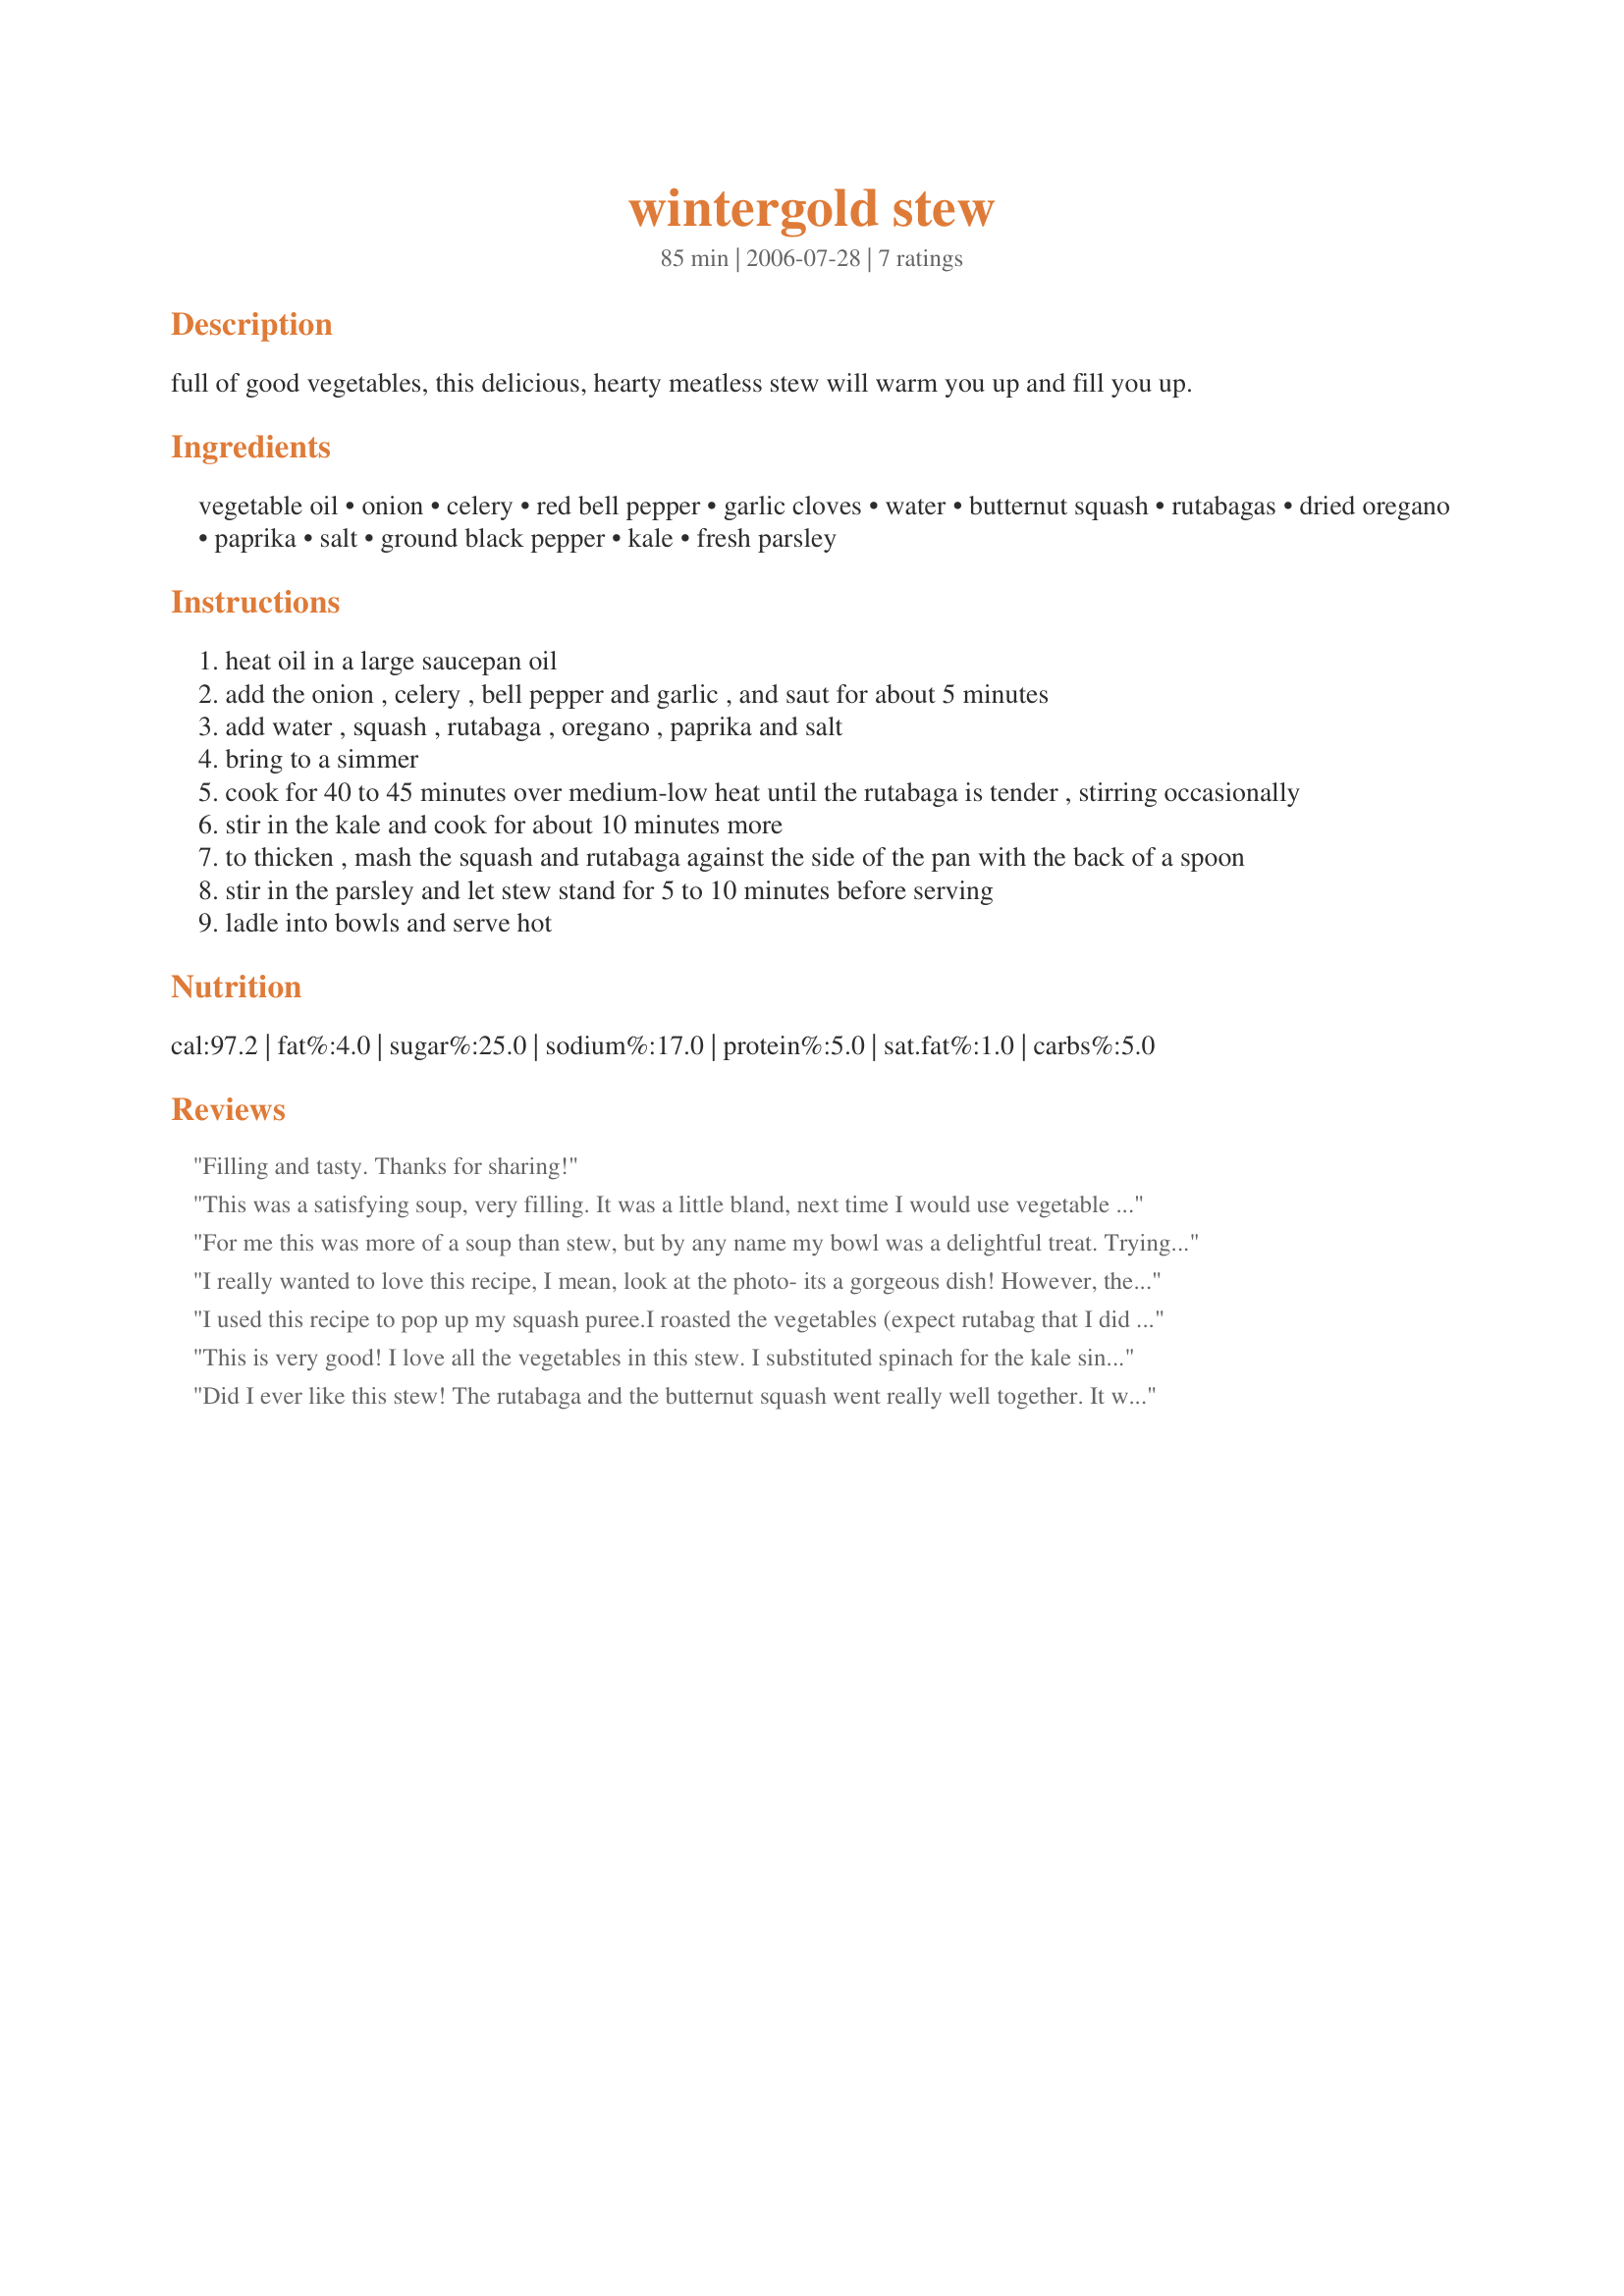
wintergold stew
Preparation time: 85 minutes

full of good vegetables, this delicious, hearty meatless stew will warm you up and fill you up.

Ingredients:
vegetable oil, onion, celery, red bell pepper, garlic cloves, water, butternut squash, rutabagas, dried oregano, paprika, salt, ground black pepper, kale, fresh parsley

Steps:
heat oil in a large saucepan oil
add the onion , celery , bell pepper and garlic , and saut for about 5 minutes
add water , squash , rutabaga , oregano , paprika and salt
bring to a simmer
cook for 40 to 45 minutes over medium-low heat until the rutabaga is tender , stirring occasionally
stir in the kale and cook for about 10 minutes more
to thicken , mash the squash and rutabaga against the side of the pan with the back of a spoon
stir in the parsley and let stew stand for 5 to 10 minutes before serving
ladle into bowls and serve hot

Reviews:
Filling and tasty. Thanks for sharing!
This was a satisfying soup, very filling. It was a little bland, next time I would use vegetable or chicken broth instead of water. It's a bonus that it's so beautiful to look at.
For me this was more of a soup than stew, but by any name my bowl was a delightful treat. Trying hard to get more vegetables into my diet, this was a perfect light supper accompanied by some pita chips and a slice or two of soy cheese. The paprika plays an important role in the flavor of the broth so use a really good one - in my case it was a combination of Moroccan sweet paprika and Hungarian smoked paprika. If yours is old, add more or maybe drop some vegetable soup base in to give the dish some richness. I also added about 2 teaspoons of tomato paste for a little extra body. My othe change was that I don't care for kale much (too bitter) so I added fresh spinach in at the same time as the parsley, eliminating step 3. My half batch was the perfect amount for two entree sized servings but there was certainly enough for three as a starter or more substantial sides. Made for *Photo Tag*.
I really wanted to love this recipe, I mean, look at the photo- its a gorgeous dish! However, there was an overall sweet flavor to the stew that needed something to balance it out. I used a Walla Walla Sweet onion, which probably didn't help out the already sweet squash, rutabaga, and peppers. The flavors melded a little more in the fridge overnight, but it still tasted like it needs something. I added some fresh torn basil to a serving I heated up for lunch and that was good, but not quite it. Maybe curry? But that just might make it a whole different recipe.
I used this recipe to pop up my squash puree.<br/>I roasted the vegetables (expect rutabag that I did not have), added spices and herbs (saved some for decorationI) and I incorporated this to the squash puree. Adding some water a decorated with the reserved vegetables.<br/>This was delicious, filling, tasty and with a great texture. Helps to save calories!<br/>Thanks for this recipe.
This is very good! I love all the vegetables in this stew. I substituted spinach for the kale since that is what I had on hand. Thanks for sharing!
Did I ever like this stew! The rutabaga and the butternut squash went really well together. It was also my first time eating Kale and I thought it went really well with the stew.
